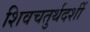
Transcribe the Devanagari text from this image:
शिवचतुर्थदर्शी